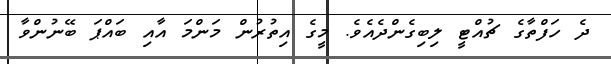
ދެ ހަފްތާގެ ޗުއްޓީ ލިބިގެންދެއެވެ. މީގެ އިތުރުން މަންމަ އާއި ބައްޕަ ބޭނުންވާ